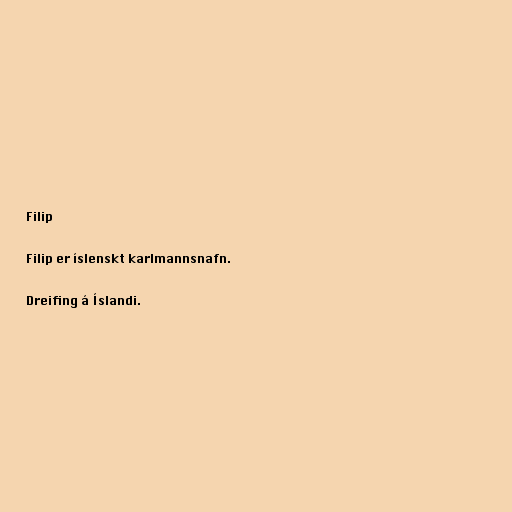
Filip

Filip er íslenskt karlmannsnafn.

Dreifing á Íslandi.